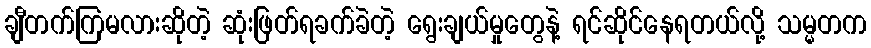
ချီတက်ကြမလားဆိုတဲ့ ဆုံးဖြတ်ရခက်ခဲတဲ့ ရွေးချယ်မှုတွေနဲ့ ရင်ဆိုင်နေရတယ်လို့ သမ္မတက